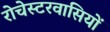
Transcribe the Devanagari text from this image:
रोचेस्टरवासियों